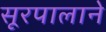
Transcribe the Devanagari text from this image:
सूरपालाने